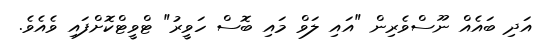
އަދި ބައެއް ނޫސްވެރިން "އައި ލަވް މައި ބޮސް ހަވީރު" ޓްވީޓްކޮށްފައި ވެއެވެ.